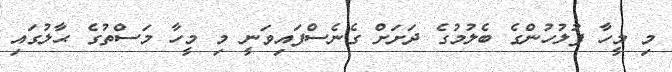
މި މީހާ ފުލުހުންގެ ބެލުމުގެ ދަށަށް ގެނެސްފައިވަނީ މި މީހާ މަސްތުގެ ޙާލުގައި